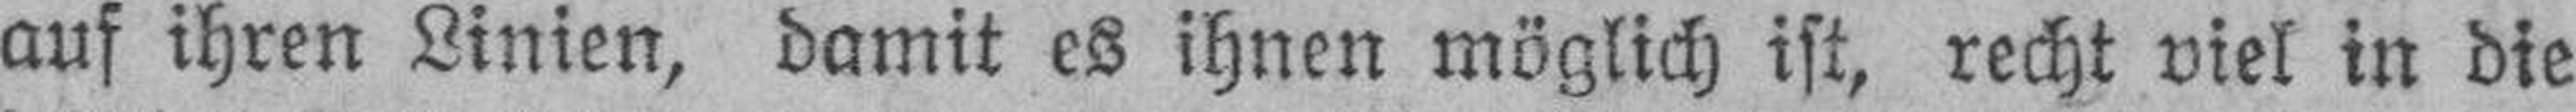
auf ihren Linien, damit es ihnen möglich ist, recht viel in die